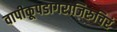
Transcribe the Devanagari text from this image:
वापीकूपडागराजिरुचिरं